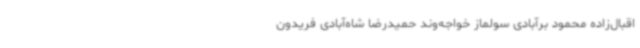
اقبال‌زاده محمود برآبادی سولماز خواجه‌وند حمیدرضا شاه‌آبادی فریدون